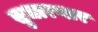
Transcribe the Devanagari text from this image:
सुधारणार